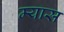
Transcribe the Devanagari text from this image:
म्यास